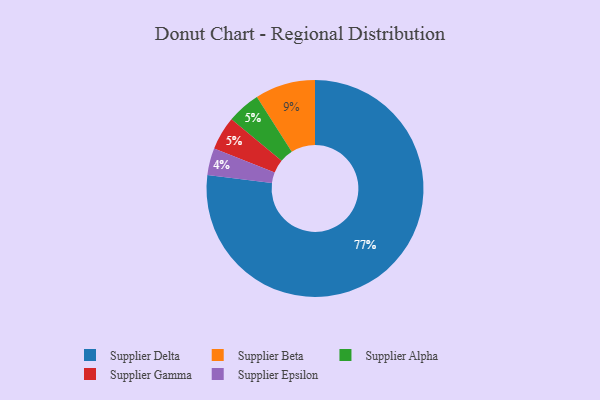
{"axis": {"x": "Category", "y": "Percentage"}, "legend": ["Supplier Alpha", "Supplier Beta", "Supplier Delta", "Supplier Epsilon", "Supplier Gamma"], "data": [{"x": "Supplier Alpha", "y": 5, "type": "Supplier Alpha"}, {"x": "Supplier Gamma", "y": 5, "type": "Supplier Gamma"}, {"x": "Supplier Beta", "y": 9, "type": "Supplier Beta"}, {"x": "Supplier Epsilon", "y": 4, "type": "Supplier Epsilon"}, {"x": "Supplier Delta", "y": 77, "type": "Supplier Delta"}]}